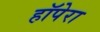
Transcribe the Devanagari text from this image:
हॉपेरा